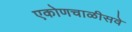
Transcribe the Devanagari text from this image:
एकोणचाळीसवे